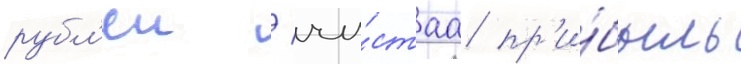
рубл'еи / чи́стаа пр'и́быль